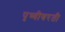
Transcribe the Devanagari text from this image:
पृथ्वीवरती